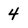
Character: 4